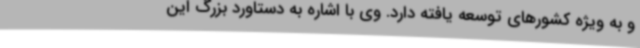
و به ویژه کشورهای توسعه یافته دارد. وی با اشاره به دستاورد بزرگ این